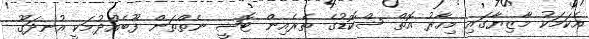
އެކަމަކު މާޒިޔާގައި މިހާރު އޮތް ސްކޮޑުގެ ތެރެއިން ޓޮޝީ ނެތްތަން ފޫބެއްދުމަކީ އުނދަގޫ